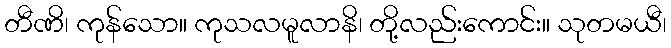
တီဏိ၊ ကုန်သော။ ကုသလမူလာနိ၊ တို့လည်းကောင်း။ သုတမယီ၊